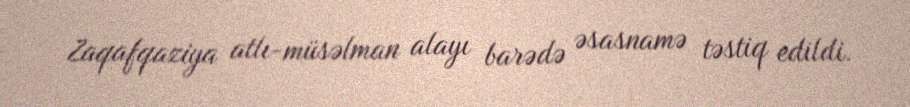
Zaqafqaziya atlı-müsəlman alayı barədə əsasnamə təstiq edildi.